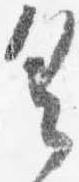
具